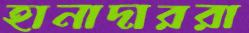
হানাদাররা